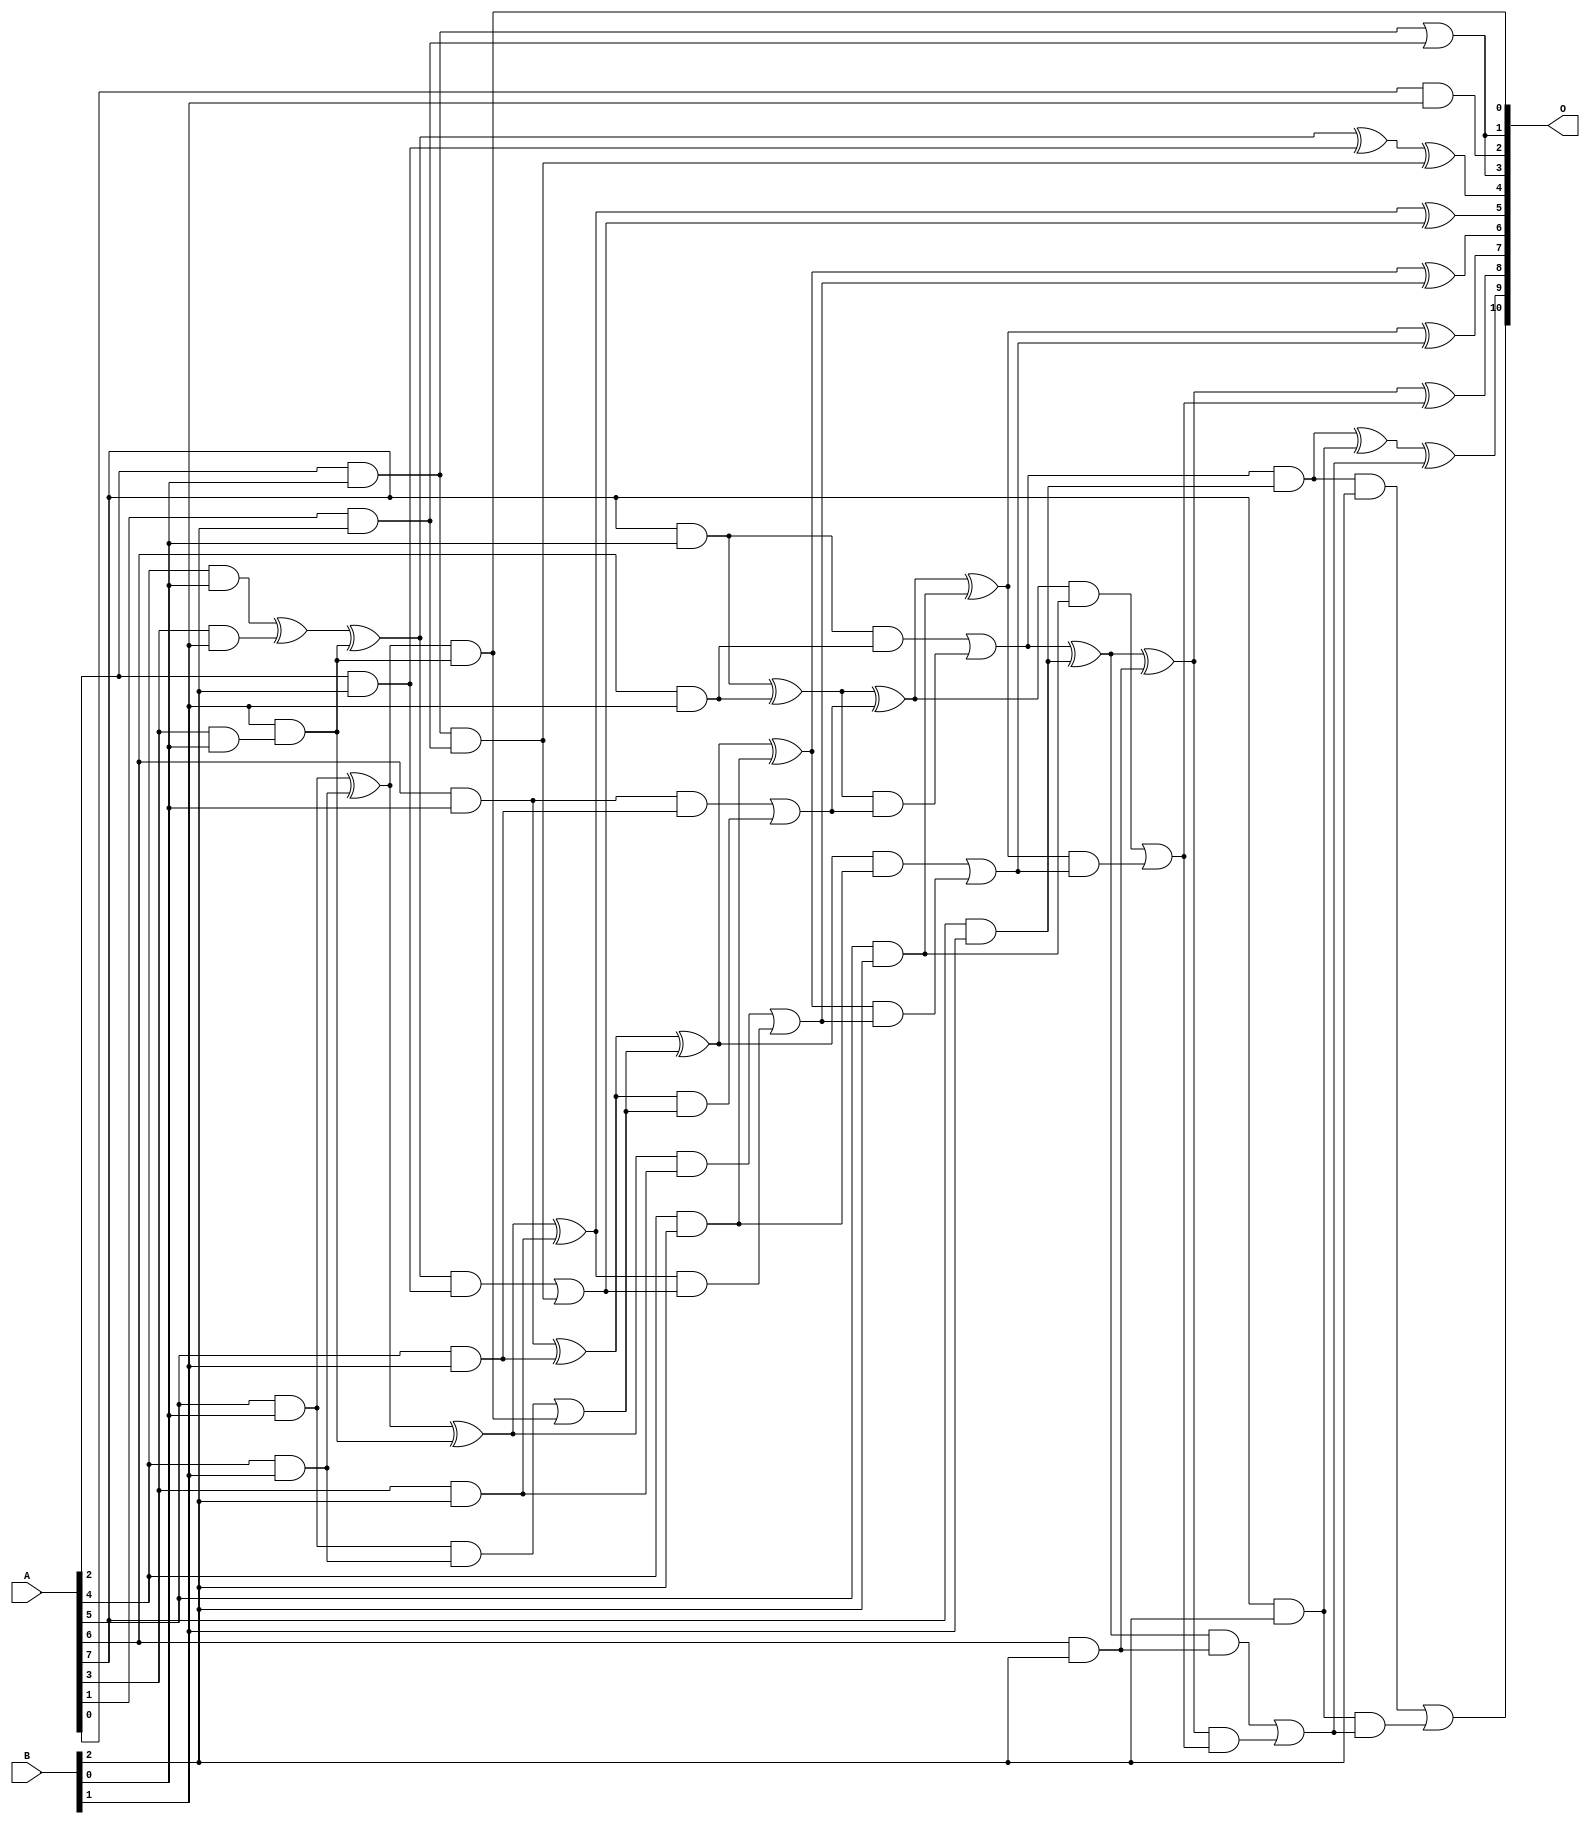
/***
* This code is a part of EvoApproxLib library (ehw.fit.vutbr.cz/approxlib) distributed under The MIT License.
* When used, please cite the following article(s): V. Mrazek, L. Sekanina, Z. Vasicek "Libraries of Approximate Circuits: Automated Design and Application in CNN Accelerators" IEEE Journal on Emerging and Selected Topics in Circuits and Systems, Vol 10, No 4, 2020 
* This file contains a circuit from a sub-set of pareto optimal circuits with respect to the pwr and mre parameters
***/
// MAE% = 0.20 %
// MAE = 4.1 
// WCE% = 0.63 %
// WCE = 13 
// WCRE% = 150.00 %
// EP% = 76.17 %
// MRE% = 3.72 %
// MSE = 30 
// PDK45_PWR = 0.055 mW
// PDK45_AREA = 170.4 um2
// PDK45_DELAY = 0.83 ns

module mul8x3u_0SG (
    A,
    B,
    O
);

input [7:0] A;
input [2:0] B;
output [10:0] O;

wire sig_14,sig_15,sig_16,sig_17,sig_18,sig_21,sig_22,sig_23,sig_24,sig_25,sig_26,sig_35,sig_39,sig_40,sig_42,sig_44,sig_45,sig_46,sig_47,sig_48;
wire sig_49,sig_50,sig_51,sig_52,sig_53,sig_54,sig_55,sig_56,sig_57,sig_58,sig_59,sig_60,sig_62,sig_63,sig_64,sig_65,sig_66,sig_67,sig_68,sig_71;
wire sig_72,sig_73,sig_76,sig_77,sig_79,sig_80,sig_81,sig_82,sig_83,sig_84,sig_85,sig_86,sig_87,sig_88,sig_89,sig_90,sig_91,sig_92,sig_93,sig_94;
wire sig_95,sig_96,sig_97,sig_98,sig_99,sig_100,sig_101,sig_102,sig_103,sig_104,sig_105;

assign sig_14 = A[2] & B[0];
assign sig_15 = A[4] & B[0];
assign sig_16 = A[5] & B[0];
assign sig_17 = A[6] & B[0];
assign sig_18 = A[7] & B[0];
assign sig_21 = A[3] & B[0];
assign sig_22 = A[3] & B[1];
assign sig_23 = A[4] & B[1];
assign sig_24 = A[5] & B[1];
assign sig_25 = A[6] & B[1];
assign sig_26 = A[7] & B[1];
assign sig_35 = B[1] & sig_21;
assign sig_39 = sig_15 ^ sig_22;
assign sig_40 = B[1] & sig_21;
assign sig_42 = sig_39 ^ sig_35;
assign sig_44 = sig_16 ^ sig_23;
assign sig_45 = sig_16 & sig_23;
assign sig_46 = sig_44 & sig_40;
assign sig_47 = sig_44 ^ sig_40;
assign sig_48 = sig_45 | sig_46;
assign sig_49 = sig_17 ^ sig_24;
assign sig_50 = sig_17 & sig_24;
assign sig_51 = sig_49 & sig_48;
assign sig_52 = sig_49 ^ sig_48;
assign sig_53 = sig_50 | sig_51;
assign sig_54 = sig_18 ^ sig_25;
assign sig_55 = sig_18 & sig_25;
assign sig_56 = sig_54 & sig_53;
assign sig_57 = sig_54 ^ sig_53;
assign sig_58 = sig_55 | sig_56;
assign sig_59 = sig_58 & sig_26;
assign sig_60 = sig_58 ^ sig_26;
assign sig_62 = A[1] & B[2];
assign sig_63 = A[2] & B[2];
assign sig_64 = A[3] & B[2];
assign sig_65 = A[4] & B[2];
assign sig_66 = A[5] & B[2];
assign sig_67 = A[6] & B[2];
assign sig_68 = A[7] & B[2];
assign sig_71 = sig_14 | sig_62;
assign sig_72 = sig_14 & sig_62;
assign sig_73 = A[0] & B[1];
assign sig_76 = sig_42 ^ sig_63;
assign sig_77 = sig_42 & sig_63;
assign sig_79 = sig_76 ^ sig_72;
assign sig_80 = sig_77 | sig_72;
assign sig_81 = sig_47 ^ sig_64;
assign sig_82 = sig_47 & sig_64;
assign sig_83 = sig_81 & sig_80;
assign sig_84 = sig_81 ^ sig_80;
assign sig_85 = sig_82 | sig_83;
assign sig_86 = sig_52 ^ sig_65;
assign sig_87 = sig_52 & sig_65;
assign sig_88 = sig_86 & sig_85;
assign sig_89 = sig_86 ^ sig_85;
assign sig_90 = sig_87 | sig_88;
assign sig_91 = sig_57 ^ sig_66;
assign sig_92 = sig_57 & sig_66;
assign sig_93 = sig_91 & sig_90;
assign sig_94 = sig_91 ^ sig_90;
assign sig_95 = sig_92 | sig_93;
assign sig_96 = sig_60 ^ sig_67;
assign sig_97 = sig_60 & sig_67;
assign sig_98 = sig_96 & sig_95;
assign sig_99 = sig_96 ^ sig_95;
assign sig_100 = sig_97 | sig_98;
assign sig_101 = sig_59 ^ sig_68;
assign sig_102 = sig_59 & B[2];
assign sig_103 = sig_68 & sig_100;
assign sig_104 = sig_101 ^ sig_100;
assign sig_105 = sig_102 | sig_103;

assign O[10] = sig_105;
assign O[9] = sig_104;
assign O[8] = sig_99;
assign O[7] = sig_94;
assign O[6] = sig_89;
assign O[5] = sig_84;
assign O[4] = sig_79;
assign O[3] = sig_71;
assign O[2] = sig_73;
assign O[1] = sig_71;
assign O[0] = sig_46;

endmodule